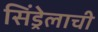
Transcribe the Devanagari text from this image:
सिंड्रेलाची